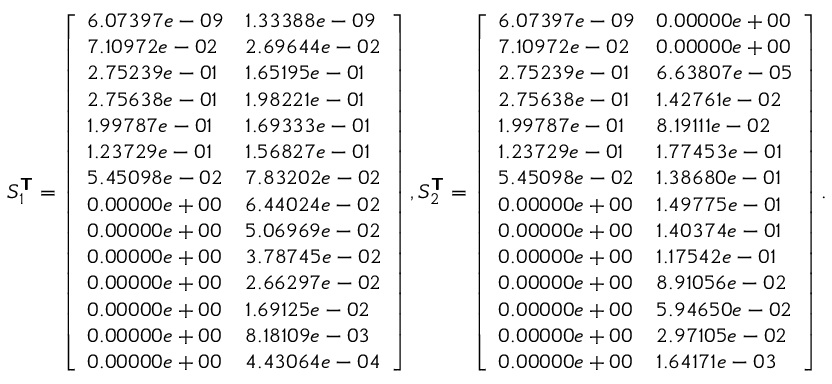
S _ { 1 } ^ { \boldsymbol { \mathsf { T } } } = \left[ \begin{array} { l l } { 6 . 0 7 3 9 7 e - 0 9 } & { 1 . 3 3 3 8 8 e - 0 9 } \\ { 7 . 1 0 9 7 2 e - 0 2 } & { 2 . 6 9 6 4 4 e - 0 2 } \\ { 2 . 7 5 2 3 9 e - 0 1 } & { 1 . 6 5 1 9 5 e - 0 1 } \\ { 2 . 7 5 6 3 8 e - 0 1 } & { 1 . 9 8 2 2 1 e - 0 1 } \\ { 1 . 9 9 7 8 7 e - 0 1 } & { 1 . 6 9 3 3 3 e - 0 1 } \\ { 1 . 2 3 7 2 9 e - 0 1 } & { 1 . 5 6 8 2 7 e - 0 1 } \\ { 5 . 4 5 0 9 8 e - 0 2 } & { 7 . 8 3 2 0 2 e - 0 2 } \\ { 0 . 0 0 0 0 0 e + 0 0 } & { 6 . 4 4 0 2 4 e - 0 2 } \\ { 0 . 0 0 0 0 0 e + 0 0 } & { 5 . 0 6 9 6 9 e - 0 2 } \\ { 0 . 0 0 0 0 0 e + 0 0 } & { 3 . 7 8 7 4 5 e - 0 2 } \\ { 0 . 0 0 0 0 0 e + 0 0 } & { 2 . 6 6 2 9 7 e - 0 2 } \\ { 0 . 0 0 0 0 0 e + 0 0 } & { 1 . 6 9 1 2 5 e - 0 2 } \\ { 0 . 0 0 0 0 0 e + 0 0 } & { 8 . 1 8 1 0 9 e - 0 3 } \\ { 0 . 0 0 0 0 0 e + 0 0 } & { 4 . 4 3 0 6 4 e - 0 4 } \end{array} \right] , S _ { 2 } ^ { \boldsymbol { \mathsf { T } } } = \left[ \begin{array} { l l } { 6 . 0 7 3 9 7 e - 0 9 } & { 0 . 0 0 0 0 0 e + 0 0 } \\ { 7 . 1 0 9 7 2 e - 0 2 } & { 0 . 0 0 0 0 0 e + 0 0 } \\ { 2 . 7 5 2 3 9 e - 0 1 } & { 6 . 6 3 8 0 7 e - 0 5 } \\ { 2 . 7 5 6 3 8 e - 0 1 } & { 1 . 4 2 7 6 1 e - 0 2 } \\ { 1 . 9 9 7 8 7 e - 0 1 } & { 8 . 1 9 1 1 1 e - 0 2 } \\ { 1 . 2 3 7 2 9 e - 0 1 } & { 1 . 7 7 4 5 3 e - 0 1 } \\ { 5 . 4 5 0 9 8 e - 0 2 } & { 1 . 3 8 6 8 0 e - 0 1 } \\ { 0 . 0 0 0 0 0 e + 0 0 } & { 1 . 4 9 7 7 5 e - 0 1 } \\ { 0 . 0 0 0 0 0 e + 0 0 } & { 1 . 4 0 3 7 4 e - 0 1 } \\ { 0 . 0 0 0 0 0 e + 0 0 } & { 1 . 1 7 5 4 2 e - 0 1 } \\ { 0 . 0 0 0 0 0 e + 0 0 } & { 8 . 9 1 0 5 6 e - 0 2 } \\ { 0 . 0 0 0 0 0 e + 0 0 } & { 5 . 9 4 6 5 0 e - 0 2 } \\ { 0 . 0 0 0 0 0 e + 0 0 } & { 2 . 9 7 1 0 5 e - 0 2 } \\ { 0 . 0 0 0 0 0 e + 0 0 } & { 1 . 6 4 1 7 1 e - 0 3 } \end{array} \right] .